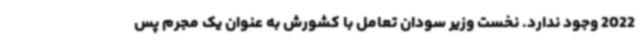
2022 وجود ندارد. نخست وزیر سودان تعامل با کشورش به عنوان یک مجرم پس